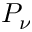
P _ { \nu }